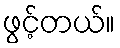
ဖွင့်တယ်။